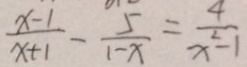
\frac { x - 1 . } { x + 1 } - \frac { 5 } { 1 - x } = \frac { 4 } { x ^ { 2 } - 1 }